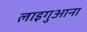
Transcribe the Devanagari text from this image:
लाइगुआना